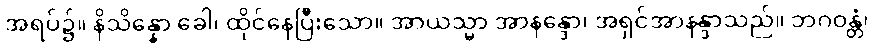
အရပ်၌။ နိသိန္နော ခေါ၊ ထိုင်နေပြီးသော။ အာယသ္မာ အာနန္ဒော၊ အရှင်အာနန္ဒာသည်။ ဘဂဝန္တံ၊